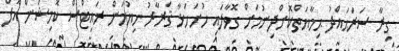
ގިރާ ސަރަޙައްދު ޙިމާޔަތްކޮށްދިނުމަށް ގޮވާލައި ހުށަހަޅާ ޤަރާރު ހިޔުމަން ރައިޓްސް ކޮމިޝަން އޮފް